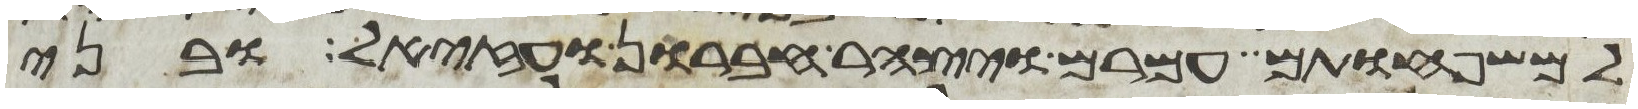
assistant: למשפחותם עמרם ויצהר חברון ועזיאל ובני